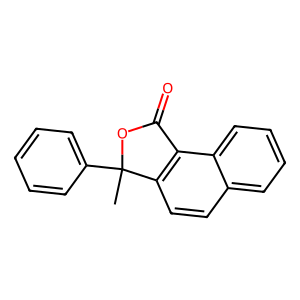
SMILES: CC1(c2ccccc2)OC(=O)c2c1ccc1ccccc21
Inhibits HIV replication: No